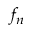
f _ { n }